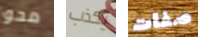
محو يكذب صفات